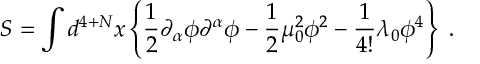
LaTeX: { \cal S } = \int d ^ { 4 + N } x \left\{ \frac { 1 } { 2 } \partial _ { \alpha } \phi \partial ^ { \alpha } \phi - \frac { 1 } { 2 } \mu _ { 0 } ^ { 2 } \phi ^ { 2 } - \frac { 1 } { 4 ! } \lambda _ { 0 } \phi ^ { 4 } \right\} \; .